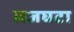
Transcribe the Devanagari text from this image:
लजघटा